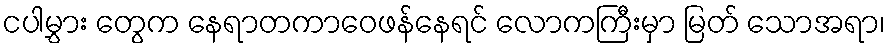
ငပါမွှား တွေက နေရာတကာဝေဖန်နေရင် လောကကြီးမှာ မြတ် သောအရာ၊